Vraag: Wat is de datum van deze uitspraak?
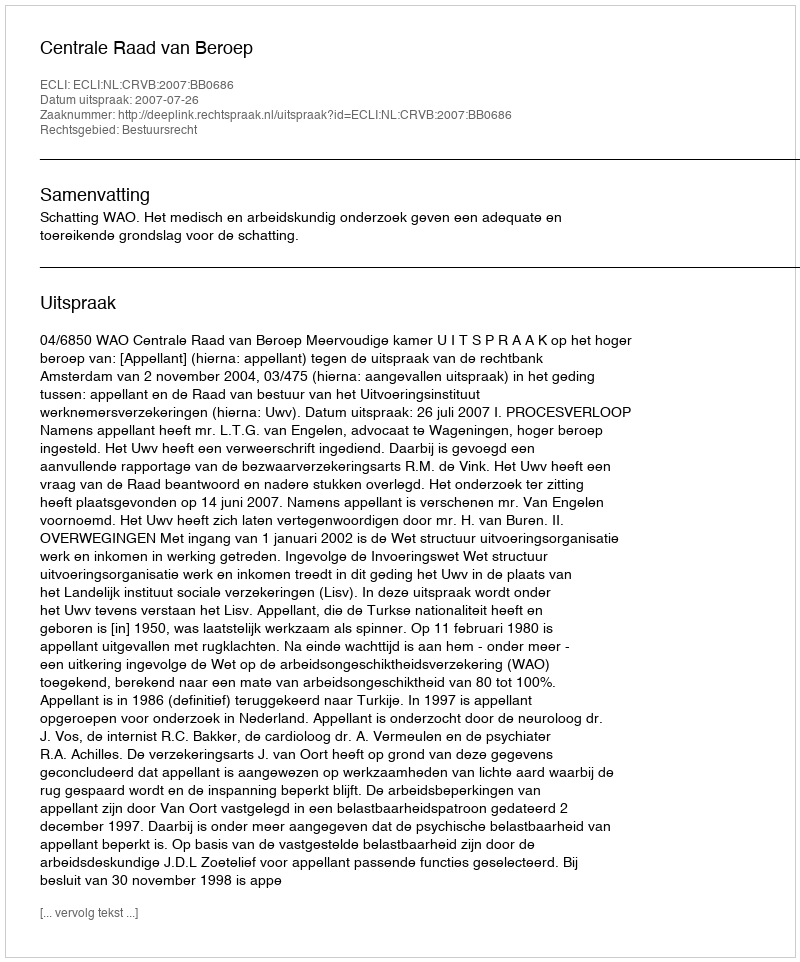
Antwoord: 2007-07-26